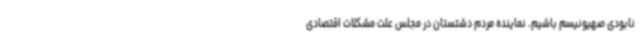
نابودی صهیونیسم باشیم. نماینده مردم دشتستان در مجلس علت مشکلات اقتصادی